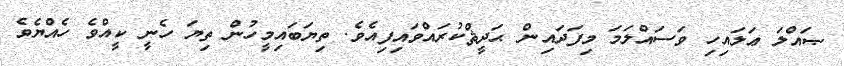
ޞައްލަ ޢަލައިހި ވަސައްލަމަ މިފަދައިން ޙަދީޘްކުރައްވައިފިއެވެ. ތިޔަބައިމީހުން ތިޔަ ހެނީ ކީއްވެ ހެއްޔެވެ